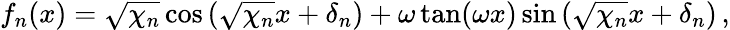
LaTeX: f_{n}(x)=\sqrt{\chi_{n}}\cos\left(\sqrt{\chi_{n}}x+\delta_{n}\right)+\omega\tan(\omega x)\sin\left(\sqrt{\chi_{n}}x+\delta_{n}\right)\, ,